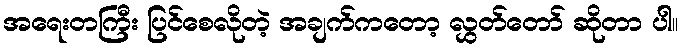
အရေးတကြီး ပြင်စေလိုတဲ့ အချက်ကတော့ လွှတ်တော် ဆိုတာ ပါ။